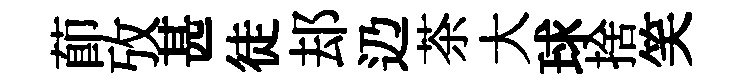
莭攷甚徒𨚫辸茶大球捨笑